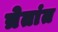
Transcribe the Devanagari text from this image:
त्रेतांत